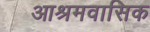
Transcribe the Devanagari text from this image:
आश्रमवासिक